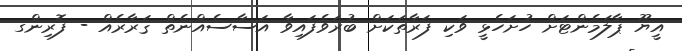
އީޔޫ ޕާލަމެންޓަށް ހުށަހެޅީ ވަކި ފަރާތަކަށް ބުރަވެފައިވާ އަސާސެއްނެތް ޤަރާރެއް - ފޮރިންގ